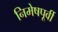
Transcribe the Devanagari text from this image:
निमेषपूर्वी